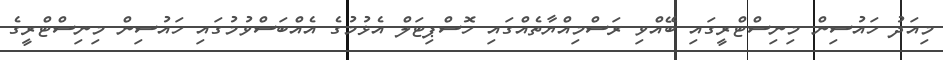
މިއަދު ހައުސިން މިނިސްޓްރީގައި ބޭއްވި ރަސްމިއްޔާތެއްގައި ހޮސްޕިޓަލް އެޅުމުގެ އެއްބަސްވުމުގައި ހައުސިން މިނިސްޓްރީގެ